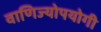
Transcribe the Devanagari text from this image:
वाणिज्योपयोगी